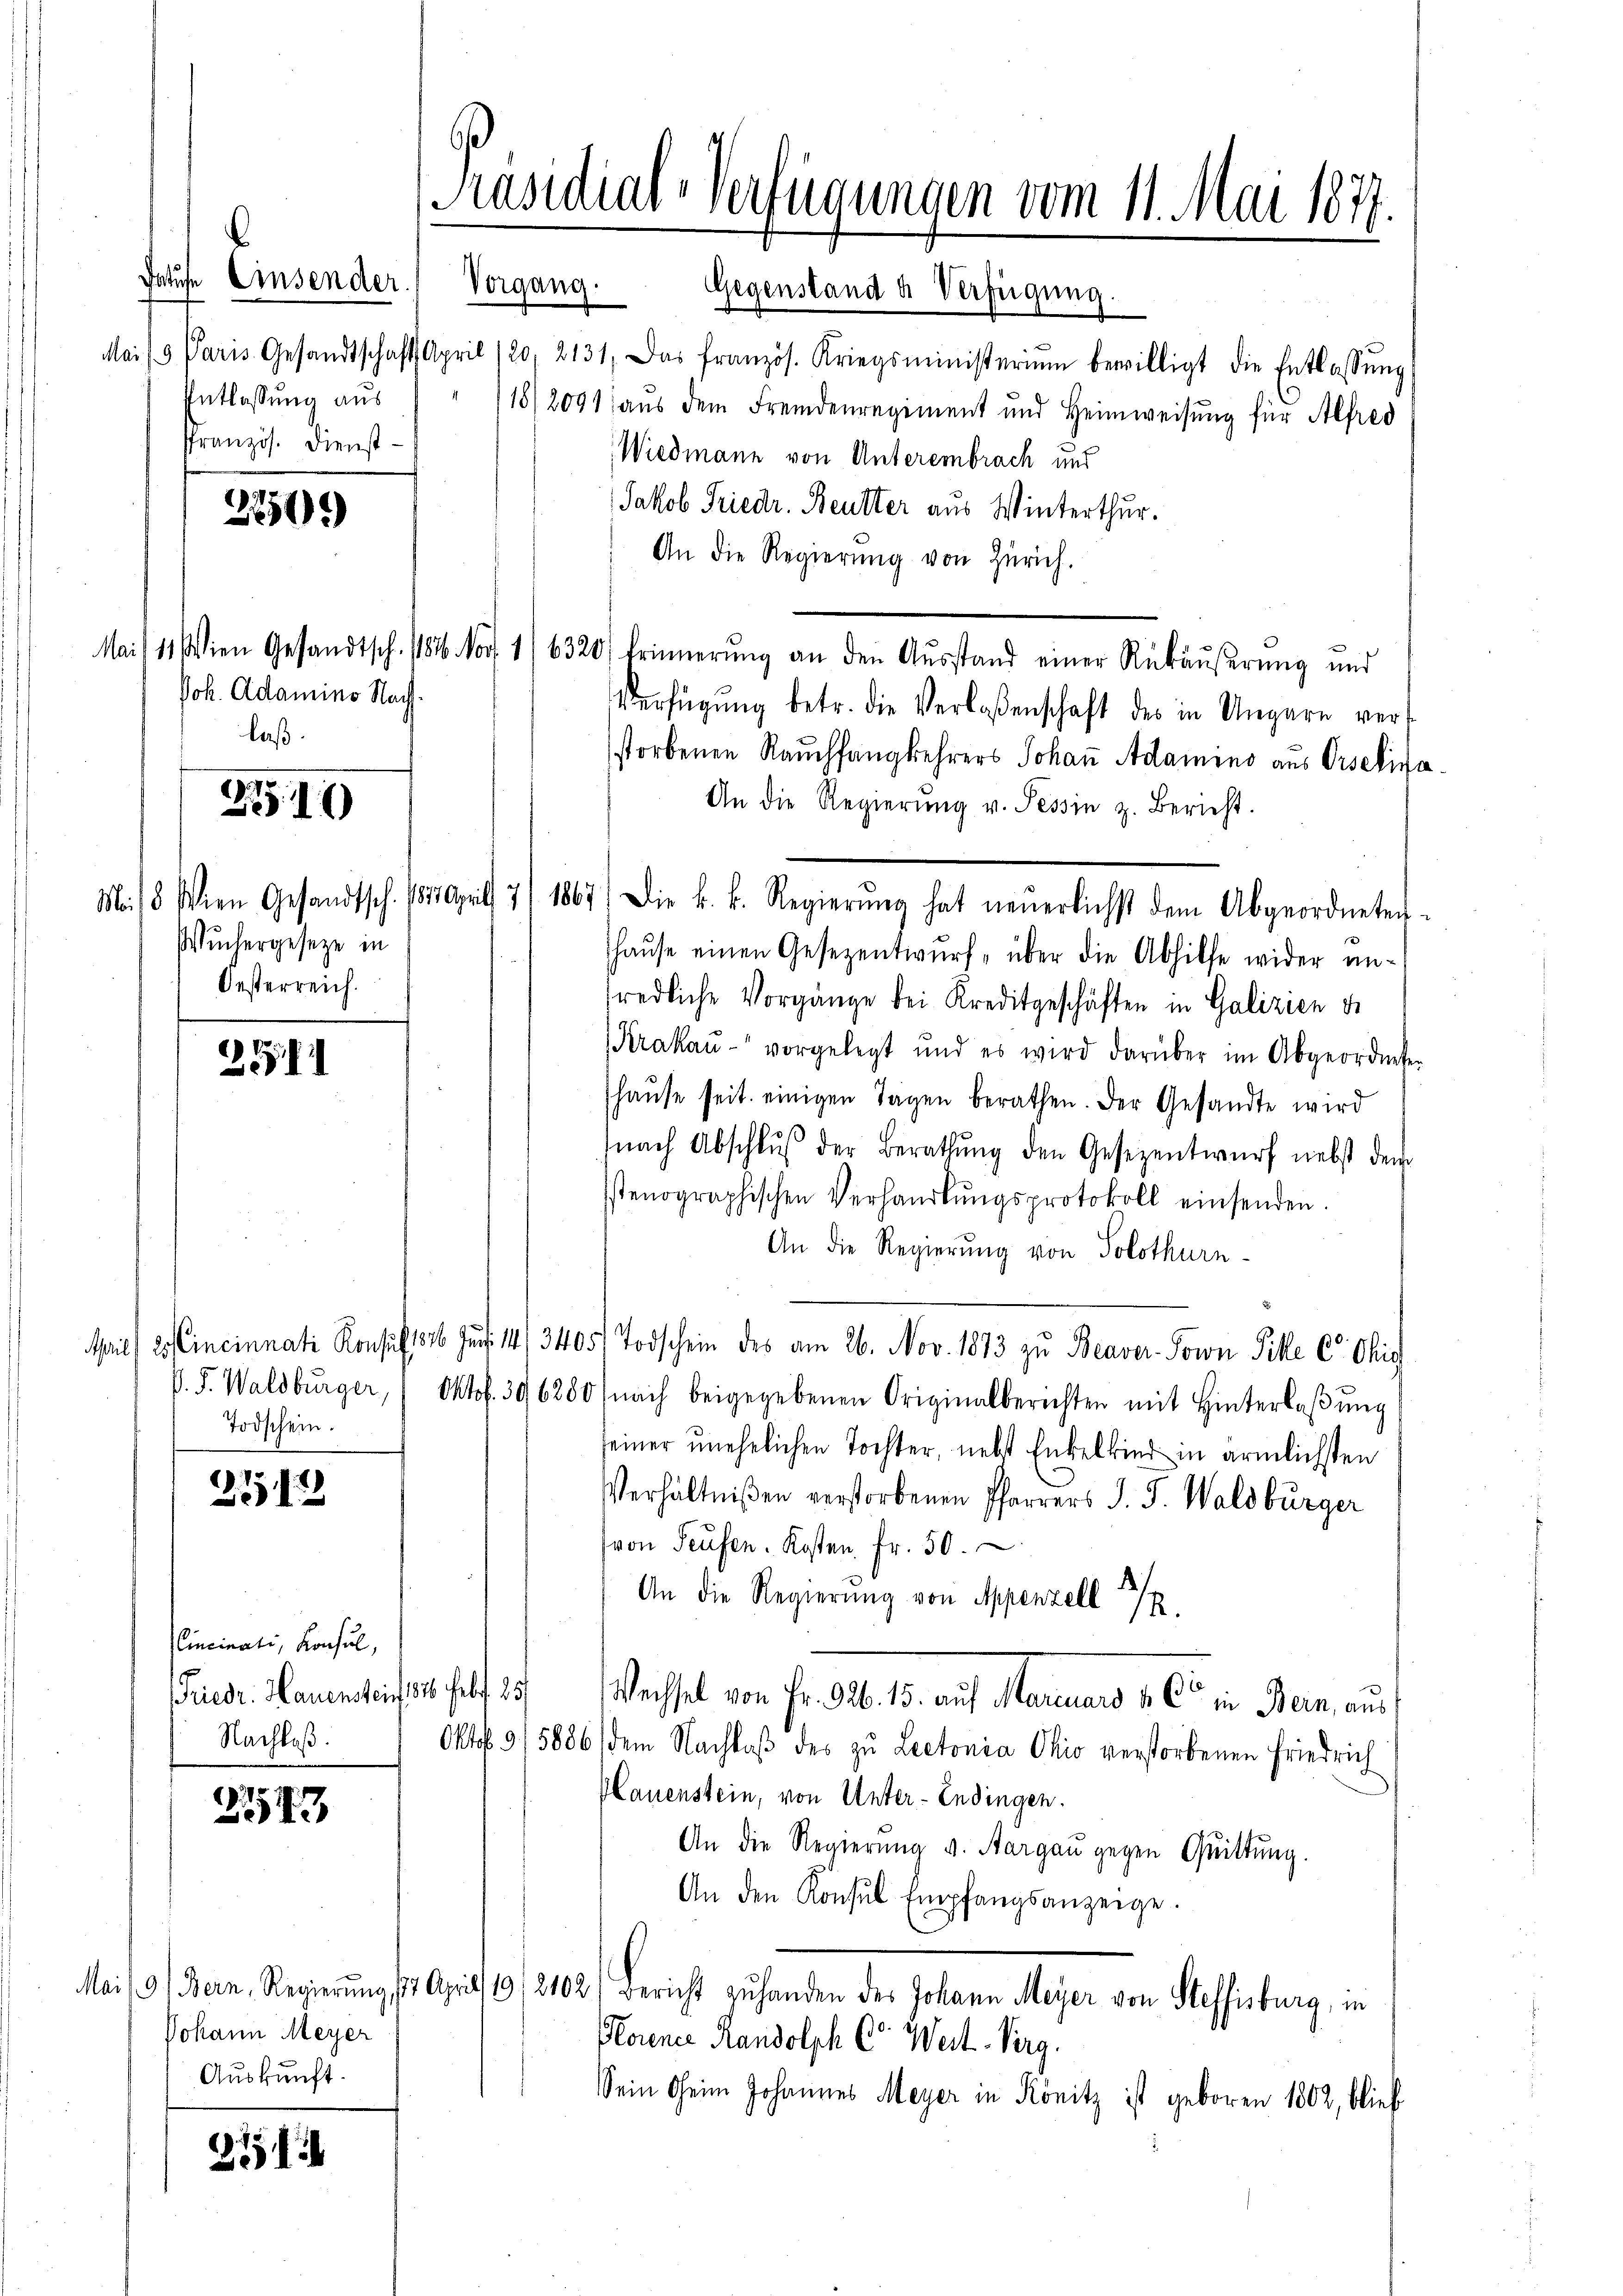
Fatufe Einsender
Entlassung aus
Pranzös. Dienst

270.)

Joh. Adamino Nachlaß.
B I
Wuchergeseze in
Oesterreich.

2511

Todschein.

2712

lincinati, Konsul,
Friedr. Hauenstein, 1816. hebt. 25
Nachlaß.

2543

Johann Meyer
Auskunft.

2

Präsidial-Verfügungen vom 11. Mai 1877.

Vorgang.
Gegenstand a. Verfügung.
Mai/9 Paris Gesandtschaft April 120, 2131. Das französ. Kriegsministerium bewilligt die Entlassŭng
(18/2091, aus dem Fremdenregiment und Heimweisung für Alfred
Wiedmann von Unterembrach und
Jakob Friedr. Beutter aus Winterthur.
An die Regierŭng von Zürich.
Mai/11 seien Gesandtsch. 1816. Nov. 16320 Erinnerŭng an den Aŭsstand einer Rükäŭβerŭng und
Verfügŭng betr. die Verlassenschaft des in Ungarn vers
storbenen Rauchfangkehrers Johan Adamino aus Orselina.
An die Regierŭng v. Tessin z. Bericht.
haŭse einen Gesezentwurf, über die Abhilfe wider un-
redliche Vorgänge bei Kreditgeschäften in Galizien de
Krakau - vorgelegt und es wird darüber im Abgeordneten
haŭse seit einigen Tagen berathen. Der Gesandte wird
nach Abschlŭβ der Berathŭng den Gesezentwŭrf nebst dem
sstenographischen Verhandlŭngsprotokoll einsenden.
An die Regierung von Solothurn
April 2 Cincinnati Konsis 1816. Jun. 14/3405. Todschein des am 26. Nov. 1873 zu Beaver Sown Pille C. Chris
V. S. Waldbürger, 1 Oktob. 306280 (nach beigegebenen Originalberichten mit Hinterlaβŭng
seiner unehelichen Tochter, nebst Enkelkind in ärmlichsten
Verhältnißen verstorbenen Pfarrers J. J. Waldbürger
(von Teufen. Kosten Fr. 50.
An die Regierung von Appenzell
Wechsel von Fr. S. 15. auf Meiner 1. So in Bern, aus
Oktob. 915886/ dem Nachlaβ des zu Lectonia Ohio verstorbenen Friedrich
Hauenstein, von Unter- Endingen.
An die Regierŭng v. Aargau gegen Quittung.
An den Konsŭl Empfangsanzeige.
Mai, 9. Bern. Regierung 147 April 19/2102) Bericht zu handen des Johann Meyer von Steffisburg, in
Horener Randolph C. Weit Virg.
Sein Oheim Johannes Meyer in Könitz ist geboren 1802, blieb

Mi/5. Wien Gesandtsch. 185 April 7/ 1867) Die k. k. Regierŭng hat neŭerlichst dem Abgeordneten-